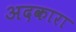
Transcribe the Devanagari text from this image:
अदकारा